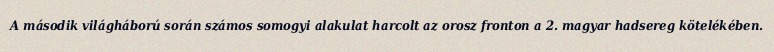
A második világháború során számos somogyi alakulat harcolt az orosz fronton a 2. magyar hadsereg kötelékében.